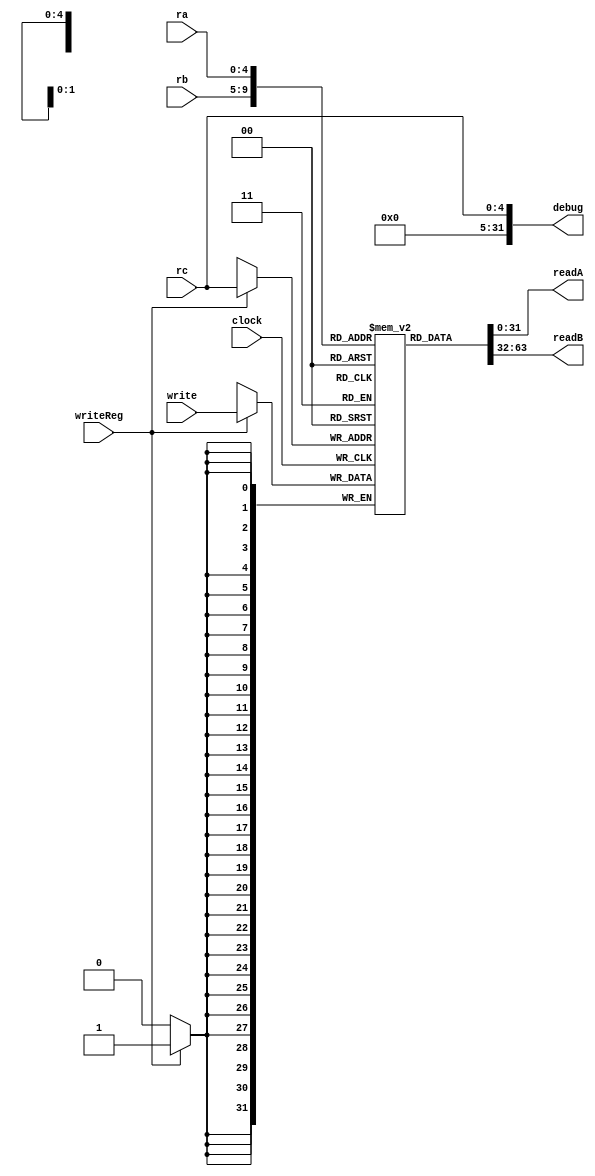
module Banco_de_registradores(ra,rb,rc,write,readA,readB,clock,writeReg, debug);
	input clock, writeReg;
	input[4:0] ra, rb, rc;
	input[31:0] write;
	output wire[31:0] readA, readB;
	output wire[31:0] debug; // remove at the end, debugging sp
	reg[31:0] registradores[31:0];
	
	assign readA = registradores[ra];
	assign readB = registradores[rb];
	assign debug = rc;
	
	
	always@(negedge clock) begin
	
		if(writeReg) registradores[rc] <= write;

	end

endmodule